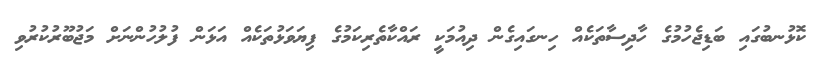
ކޮޅުނބުގައި ބަޑިޖެހުމުގެ ހާދިސާތަކެއް ހިނގައިގެން ދިއުމަކީ ރައްކާތެރިކަމުގެ ފިޔަވަޅުތަކެއް އަޅަން ފުލުހުންނަށް މަޖުބޫރުކުރުވި